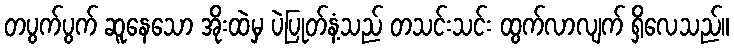
တပွက်ပွက် ဆူနေသော အိုးထဲမှ ပဲပြုတ်နံ့သည် တသင်းသင်း ထွက်လာလျက် ရှိလေသည်။